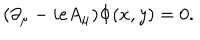
LaTeX: ( \partial _ { \mu } - i e A _ { \mu } ) \Phi ( x , y ) = 0 .